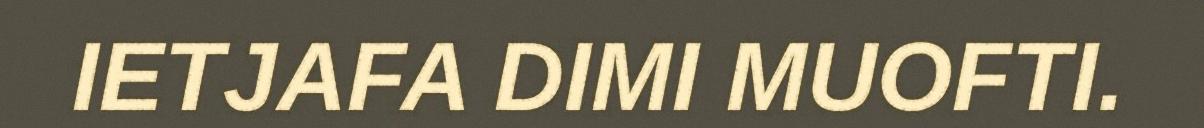
IETJAFA DIMI MUOFTI.